Senior Leaving Certificate Examination (including Day School Certificate (Higher) General paper), 1949
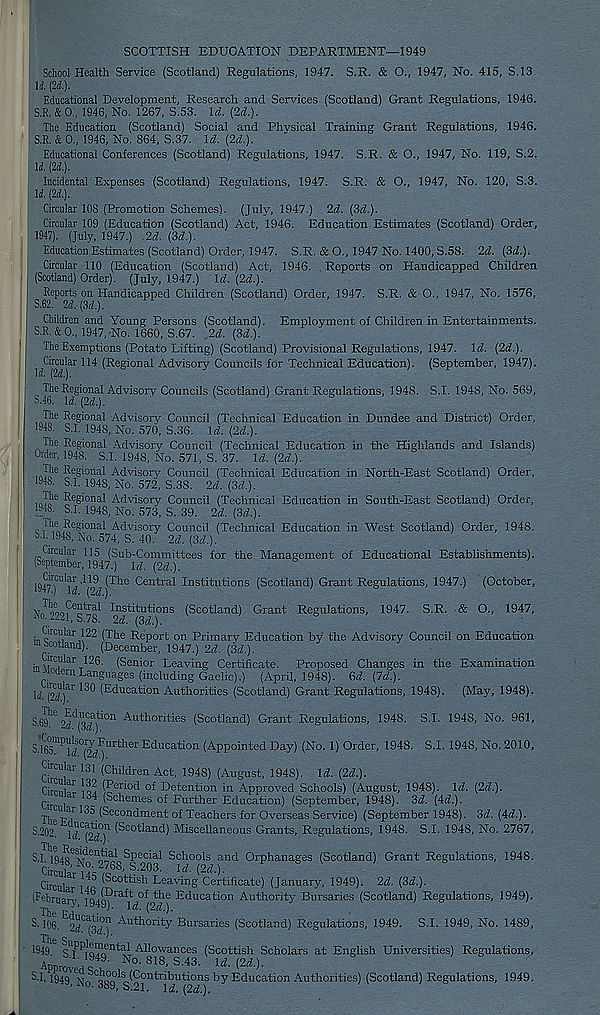
SCOTTISH EDUCATION DEPARTMENT—1949
School Health Service (Scotland) Regulations, 1947. S,R. & O., 1947, No. 415, S.13
li. (2(1).
Educational Development, Research and Services (Scotland) Grant Regulations, 1946.
S.E. & 0., 1946, No. 1267, S.53. Id. (2d.).
The Education (Scotland) Social and Physical Training Grant Regulations, 1946.
S.R. & 0., 1946, No. 864, S.37. Id. (2d.).
Educational Conferences (Scotland) Regulations, 1947. S.R. & O., 1947, No. 119, S.2.
U. (U).
Incidental Expenses (Scotland) Regulations, 1947. S.R. & O., 1947, No. 120, S.3.
li. (21).
Circular 108 (Promotion Schemes). (July, 1947.) 2d. (3d.).
Circular 109 (Education (Scotland) Act, 1946. Education Estimates (Scotland) Order,
1947). (July, 1947.) .2d. (3d.).
Education Estimates (Scotland) Order, 1947. S.R. & O., 1947 No. 1400, S.58. 2d. (3d.),
Circular 110 (Education (Scotland) Act, 1946. Reports on Handicapped Children
(Scotland) Order). (July, 1947.) Id. (2d.).
fieports on Handicapped Children (Scotland) Order, 1947. S.R. & O., 1947, No. 1576,
S.62. 2d. (3d.).
Children and Young Persons (Scotland). Employment of Children in Entertainments.
S.R. & 0., 1947, No. 1660, S.67. 2d. (3d.).
The Exemptions (Potato Lifting) (Scotland) Provisional Regulations, 1947. Id. (2d.).
Circular 114 (Regional Advisory Councils for Technical Education). (September, 1947).
Id. (2d.).
S 46 16 U^pT) 1 Aclv^sory C°u ncils (Scotland) Grant Regulations, 1948. S.I. 1948, No. 569,
The Regional Advisory Council (Technical Education in Dundee and District) Order,
1948. S.I. 1948, No. 570, S.36. Id. (2d.).
The Regional Advisory Council (Technical Education in the Highlands and Islands)
Order, 1948. S.I. 1948, No. 571, S. 37. Id. (2d.).
The Regional Advisorjr Council (Technical Education in North-East Scotland) Order,
1948. S.I. 1948, No. 572, S.38. 2d. (3d.).
irno 6 Re S ional Advisory Council (Technical Education in South-East Scotland) Order,
1948. S.I. 1948, No. 573, S. 39. 2d. (3d.).
Advisory Council (Technical Education in West Scotland) Order, 1948.
ST 1948, No. 574, S. 40 2d. (3d.):
Gireular 115 (Sub-Committees for the Management of Educational Establishments).
(September, 1947.) Id. (2d.).
1947) CU *i^ V'N j^he Central Institutions (Scotland) Grant Regulations, 1947.) (October,
222? e S^a l Institutions (Scotland) Grant Regulations, 1947. S.R. ■ & O., 1947,
2d. (Sd.'j.
Circular 122 (The Report on Primary Education by the Advisory Council on Education
“ Scotland). (December, 1947.) 2d. (3d.).
;i 11^c , u ' ar 126. (Senior Leaving Certificate. Proposed Changes in the Examination
-uoaern Languages (including Gaelic).) (April, 1948). 6d. (Id.).
\d p C^)ar ^ (Education Authorities (Scotland) Grant Regulations, 1948). (May, 1948).
S.gt? 10 24^(3^a| ; ' 0n Authorities (Scotland) Grant Regulations, 1948. S.I. 1948, No. 961,
Educa tion (Appointed Day) (No. 1) Order, 1948. S.I. 1948, No. 2010,
Circular 131 (Children Act, 1948) (August, 1948). \d. (2d.).
Chrilln 1 io'i ( Eer I°d of Detention in Approved Schools) (August, 1948). \d. (2d.).
Cir 1 - ^c Remes °I Further Education) (September, 1948). 3d. (Ad.).
Th'V 1 !'
^e con< I :n:leri t °f Teachers for Overseas Service) (September 1948). 3d. (Ad.).
S.202 e
(S> co tI ail d) Miscellaneous Grants, Regulations, 1948. S.I. 1948, No. 2767,
S.I.
Schools and Orphanages (Scotland) Grant Regulations, 1948.
Circul^
(Soottish Leaving Certificate) (January, 1949). 2d. (3d.).
(February
Educa TI°n Authority Bursaries (Scotland) Regulations, 1949).
8.106. 9^3’^ Authority Bursaries (Scotland) Regulations, 1949. S.I. 1949, No. 1489,
'949. l U T’ P T 1 Q?n ent t 1 Allowances (Scottish Scholars at English Universities) Regulations,
ApprovA
No ' 818 - S - 43 - U.(2d.).
S.I, I949_ e^
(Contributions by Education Authorities) (Scotland) :
j S.21. \d. {2d.).
I Regulations, 1949.